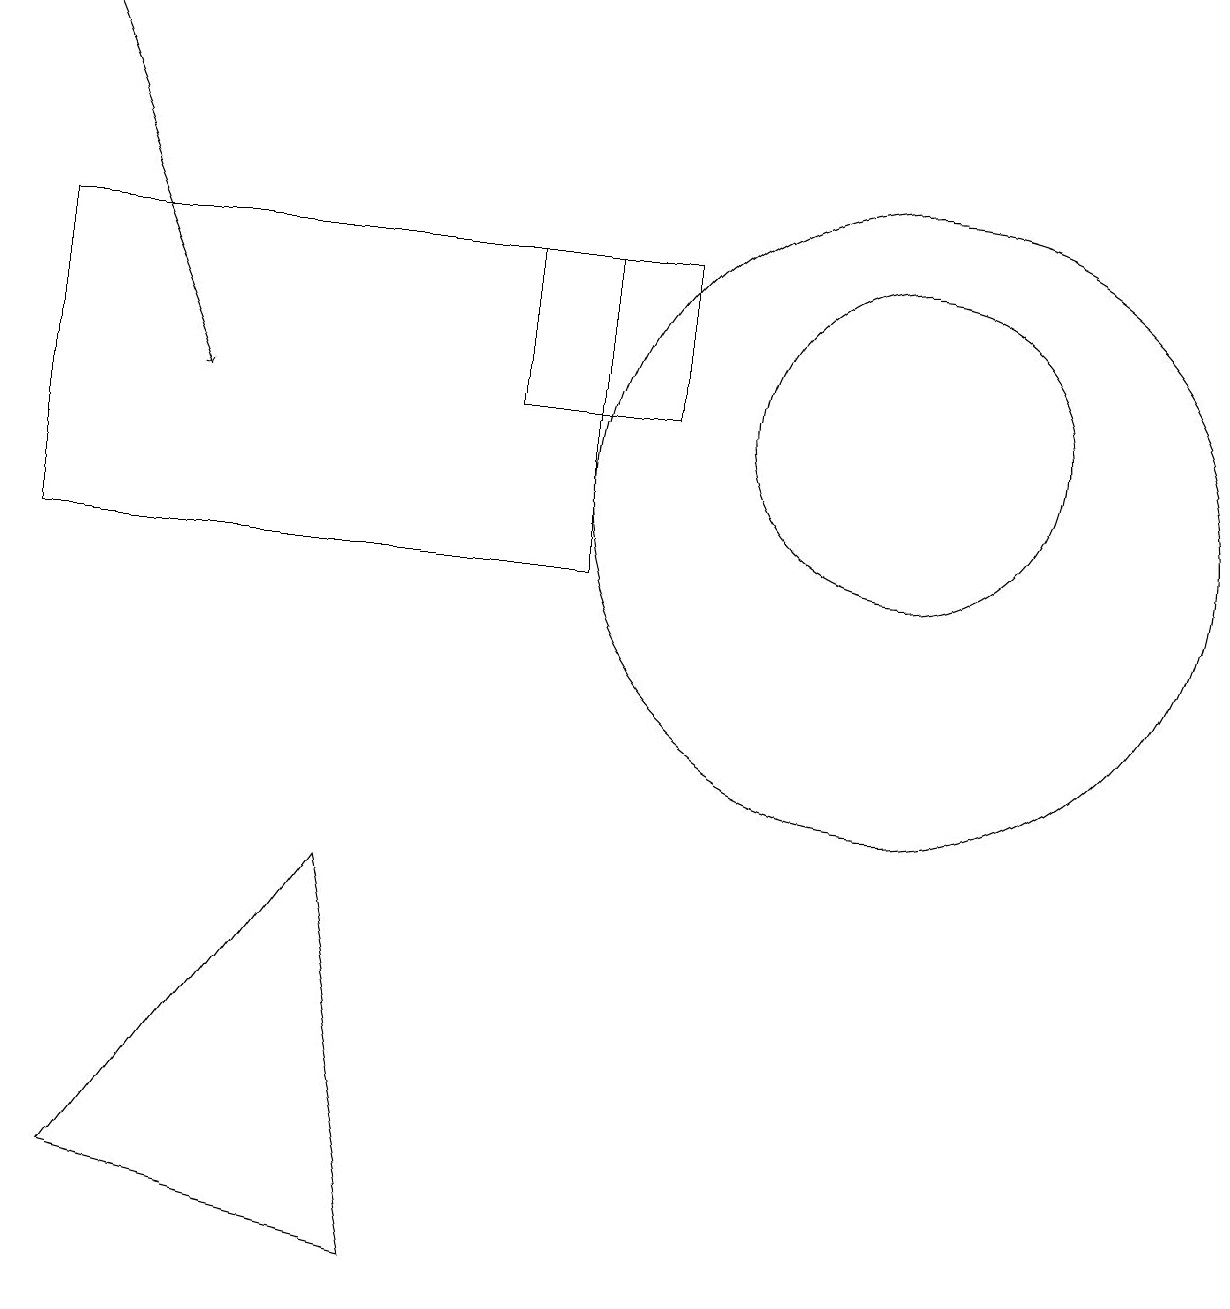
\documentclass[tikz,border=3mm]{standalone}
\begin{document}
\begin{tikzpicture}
\draw[->] (0,17) -- (2,12);
\draw (6,14) rectangle (8,12);
\draw (11,11) circle (4);
\draw (11,12) circle (2);
\draw (0,10) rectangle (7,14);
\draw (4,6) -- (5,1) -- (1,2) -- cycle;
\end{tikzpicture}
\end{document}